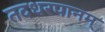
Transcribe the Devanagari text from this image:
तदधरपानम्